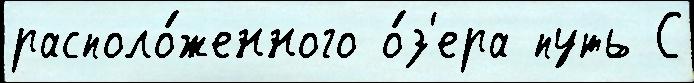
располо́женного о́з'ера путь С